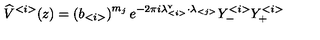
\widehat { V } ^ { < i > } ( z ) = \left( b _ { < i > } \right) ^ { m _ { j } } e ^ { - 2 \pi i \lambda _ { < i > } ^ { \mathrm { v } } \cdot \lambda _ { < j > } } Y _ { - } ^ { < i > } Y _ { + } ^ { < i > }